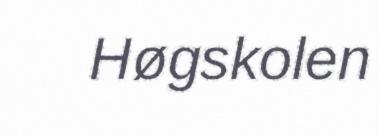
Høgskolen